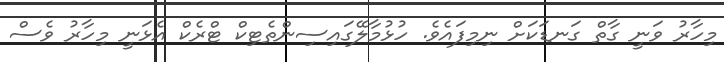
މިހާރު ވަނީ ގާތް ގަނޑަކަށް ނިމިފައެވެ. ހުޅުމާލޭގައިސިންތެޓިކް ޓްރެކް އެޅަނީ މިހާރު ވެސް